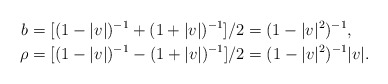
\begin{align*}b &=[(1-|v|)^{-1}+(1+|v|)^{-1}]/2=(1-|v|^2)^{-1},\\\rho &=[(1-|v|)^{-1}-(1+|v|)^{-1}]/2=(1-|v|^2)^{-1}|v|.\end{align*}